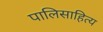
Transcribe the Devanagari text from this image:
पालिसाहित्य